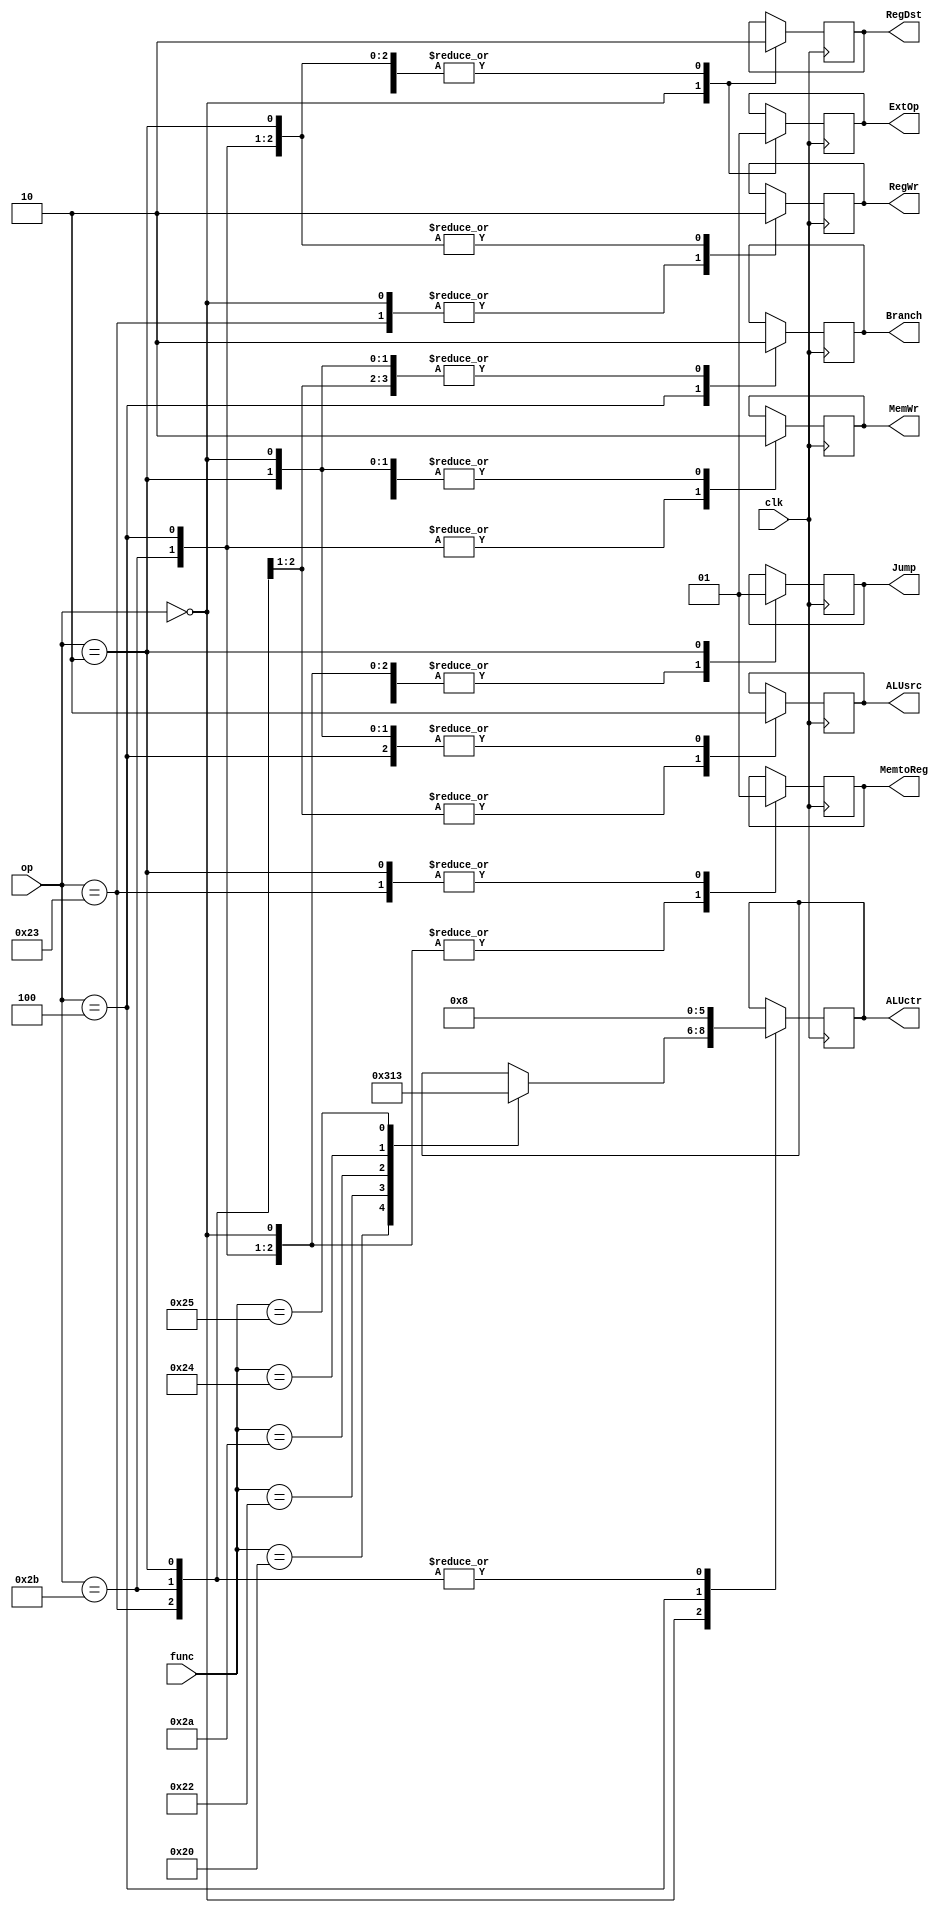

//complete add,sub,and,or,slt,lw,sw,beq,J
//R:add(32),sub(34),slt(42),and(36),or(37)
//  
//add:  add, lw, sw	000
//sub:  sub, beq	001
//and:  and		010
//or :  or 		011
//slt:  slt             100
module ctrl(clk,op,func,RegWr,RegDst,ExtOp,ALUsrc,Branch,Jump,ALUctr,MemWr,MemtoReg);
	input 		clk;
	input [5:0] op,func;
	output reg RegWr,RegDst,ExtOp,ALUsrc,Branch,Jump,MemWr,MemtoReg;//WrEn
	output reg [2:0] ALUctr;

	parameter R = 6'b000000, LW = 6'b100011, SW = 6'b101011, BEQ = 6'b000100, J = 6'b000010;
        parameter ADD = 6'b100000, SUB = 6'b100010, SLT = 6'b101010, AND = 6'b100100 , OR = 6'b100101;

    initial begin
    	RegWr 	 	= 0;
    	RegDst		= 0;
    	ExtOp		= 0;
    	ALUsrc		= 0;
    	Branch		= 0;
    	Jump		= 0;
    	MemWr		= 0;
    	MemtoReg	= 0;
		ALUctr		= 3'd0;
    end
	always @(posedge clk)begin
	case (op)
		R:begin
			Branch <= 0;
			Jump <= 0;
			RegDst <= 1;
			ALUsrc <= 0;
				
			MemtoReg <= 0;
			RegWr <= 1;
			MemWr <= 0;
			ExtOp <= 0;//ren yi 
			
			case (func)
				ADD: ALUctr <= 3'b000;
				SUB: ALUctr <= 3'b001;
				SLT: ALUctr <= 3'b100;
				AND: ALUctr <= 3'b010;
				OR : ALUctr <= 3'b011;
			endcase 
		end
		LW:begin
			Branch <= 0;
			Jump <= 0;
			RegDst <= 0;
			ALUsrc <= 1;
				
			MemtoReg <= 1;
			RegWr <= 1;
			MemWr <= 0;
			ExtOp <= 1;
			
			ALUctr <= 3'b000;
		end
		SW:begin
			Branch <= 0;
			Jump <= 0;
			RegDst <= 0;//x
			ALUsrc <= 1;
				
			MemtoReg <= 0;//x
			RegWr <= 0;
			MemWr <= 1;
			ExtOp <= 1;

			ALUctr <= 3'b000;		
		end
		BEQ:begin
			Branch <= 1;
			Jump <= 0;
			RegDst <= 0;//x
			ALUsrc <= 0;
				
			MemtoReg <= 0;//x
			RegWr <= 0;
			MemWr <= 1;
			ExtOp <= 1;

			ALUctr <= 3'b001;		
		end
		J:begin
			Branch <= 0;
			Jump <= 1;
			RegDst <= 0;//x
			ALUsrc <= 0;//x
				
			MemtoReg <= 1;//x
			RegWr <= 0;
			MemWr <= 0;
			ExtOp <= 1;//x
			
			ALUctr <= 3'b000;//xx	
		end
	endcase
	end
endmodule